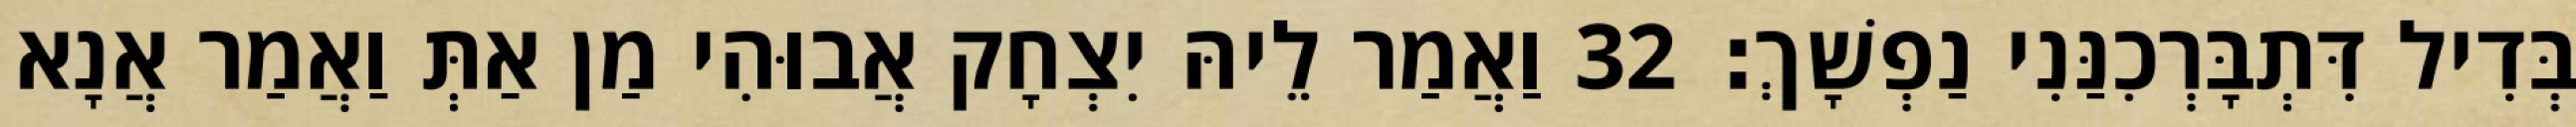
בְּדִיל דִּתְבָּרְכִנַּנִי נַפְשָׁךְ׃ 32 וַאֲמַר לֵיהּ יִצְחָק אֲבוּהִי מַן אַתְּ וַאֲמַר אֲנָא